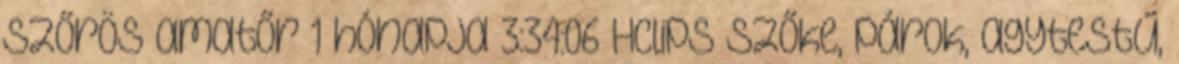
szőrös amatőr 1 hónapja 3:34:06 HClips szőke, párok, agytestű,